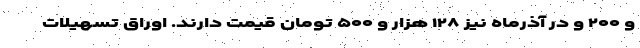
و ۲۰۰ و در آذرماه نیز ۱۲۸ هزار و ۵۰۰ تومان قیمت دارند. اوراق تسهیلات